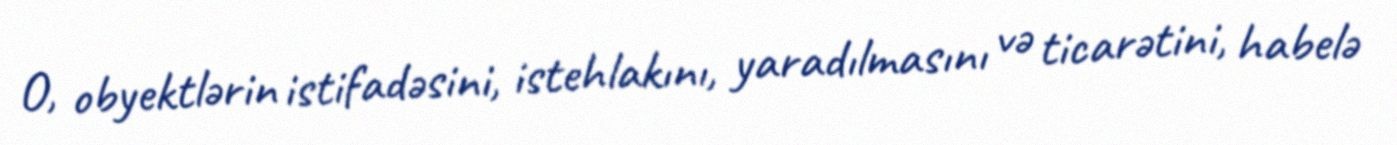
O, obyektlərin istifadəsini, istehlakını, yaradılmasını və ticarətini, habelə